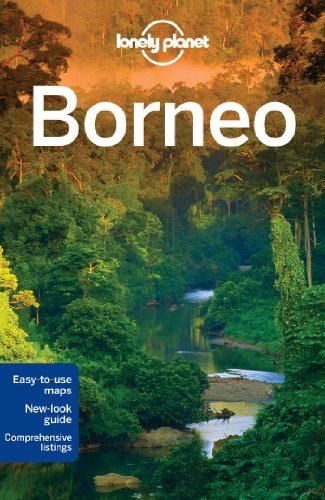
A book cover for Lonely Planet Borneo (Travel Guide); Lonely Planet; Travel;